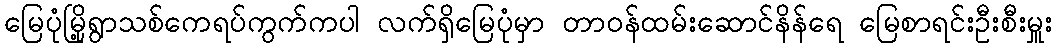
မြေပုံမြို့ရွာသစ်ကေရပ်ကွက်ကပါ လက်ရှိမြေပုံမှာ တာဝန်ထမ်းဆောင်နိန်ရေ မြေစာရင်းဦးစီးမှူး